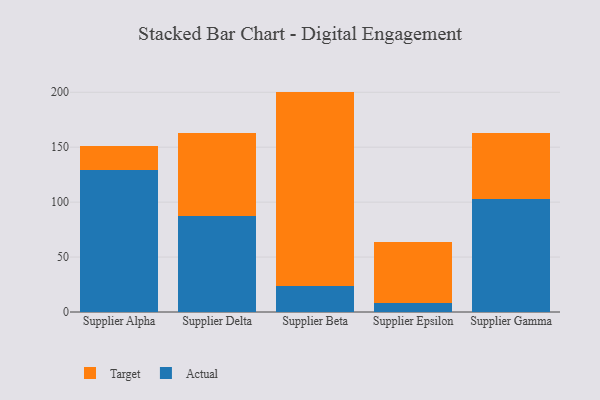
{"axis": {"x": "Supplier", "y": "Population (Million)"}, "legend": ["Actual", "Target"], "data": [{"x": "Supplier Alpha", "y": 129.5, "type": "Actual"}, {"x": "Supplier Alpha", "y": 21.3, "type": "Target"}, {"x": "Supplier Delta", "y": 87.2, "type": "Actual"}, {"x": "Supplier Delta", "y": 75.3, "type": "Target"}, {"x": "Supplier Beta", "y": 23.3, "type": "Actual"}, {"x": "Supplier Beta", "y": 177.3, "type": "Target"}, {"x": "Supplier Epsilon", "y": 7.8, "type": "Actual"}, {"x": "Supplier Epsilon", "y": 56.1, "type": "Target"}, {"x": "Supplier Gamma", "y": 103.0, "type": "Actual"}, {"x": "Supplier Gamma", "y": 60.3, "type": "Target"}]}